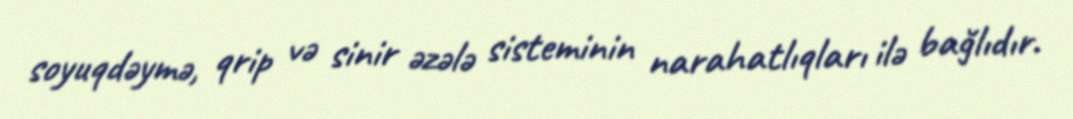
soyuqdəymə, qrip və sinir əzələ sisteminin narahatlıqları ilə bağlıdır.